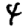
Digit: 4